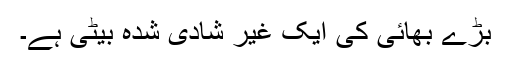
بڑے بھائی کی ایک غیر شادی شدہ بیٹی ہے۔